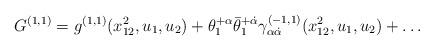
LaTeX: \begin{align*} G^{(1,1)} = g^{(1,1)}(x^2_{12},u_1,u_2) + \theta_1^{+\alpha} \bar\theta_1^{+\dot\alpha} \gamma^{(-1,1)}_{\alpha\dot\alpha}(x^2_{12},u_1,u_2) + \ldots\end{align*}